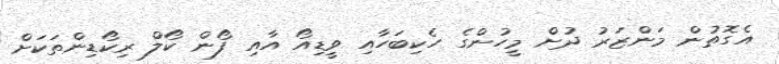
އެގޮތުން މަންޒަރު ދުށް މީހުންގެ ހެކިބަހާއި ވީޑިއޯ އާއި ފޯން ކޯލް ރިކޯޑިންތަކަށް